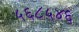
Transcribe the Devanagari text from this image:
५६८५४६